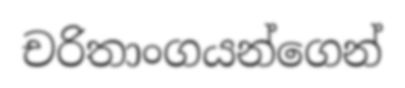
චරිතාංගයන්ගෙන්